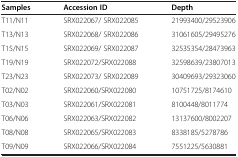
<table><thead><tr><td><b>Samples</b></td><td><b>Accession ID</b></td><td><b>Depth</b></td></tr></thead><tbody><tr><td>T11/N11</td><td>SRX022067/ SRX022085</td><td>21993400/29523906</td></tr><tr><td>T13/N13</td><td>SRX022068/ SRX022086</td><td>31061605/29495276</td></tr><tr><td>T15/N15</td><td>SRX022069/ SRX022087</td><td>32535354/28473963</td></tr><tr><td>T19/N19</td><td>SRX022072/SRX022088</td><td>32598639/23807013</td></tr><tr><td>T23/N23</td><td>SRX022073/ SRX022089</td><td>30409693/29323060</td></tr><tr><td>T02/N02</td><td>SRX022060/SRX022080</td><td>10751725/8174610</td></tr><tr><td>T03/N03</td><td>SRX022061/SRX022081</td><td>8100448/8011774</td></tr><tr><td>T06/N06</td><td>SRX022063/SRX022082</td><td>13137600/8002207</td></tr><tr><td>T08/N08</td><td>SRX022065/SRX022083</td><td>8338185/5278786</td></tr><tr><td>T09/N09</td><td>SRX022066/SRX022084</td><td>7551225/5630881</td></tr></tbody></table>